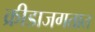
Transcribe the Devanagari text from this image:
क्रीडाजगतात